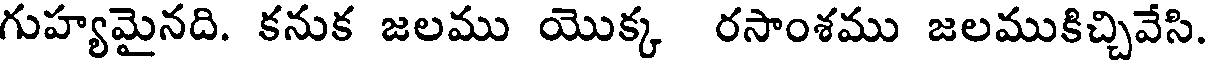
గుహ్యమైనది. కనుక జలము యొక్క రసాంశము జలముకిచ్చివేసి.